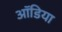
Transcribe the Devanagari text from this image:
ऑडिया